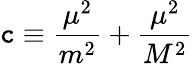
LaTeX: \mathtt{c}\equiv\frac{{\mu^{2}}}{{m^{2}}}+\frac{{\mu^{2}}}{{M^{2}}}